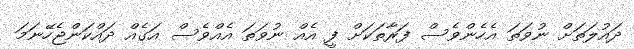
ދައުލަތަށް ނުވަތަ އެހެންވެސް ފަރާތަކަށް ފީ އެއް ނުވަތަ އެއްވެސް އަގެއް ދައްކަންޖެހޭނަމަ